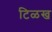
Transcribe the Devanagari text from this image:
टिळख